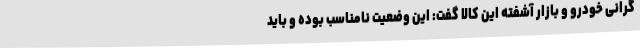
گرانی خودرو و بازار آشفته این کالا گفت: این وضعیت نامناسب بوده و باید